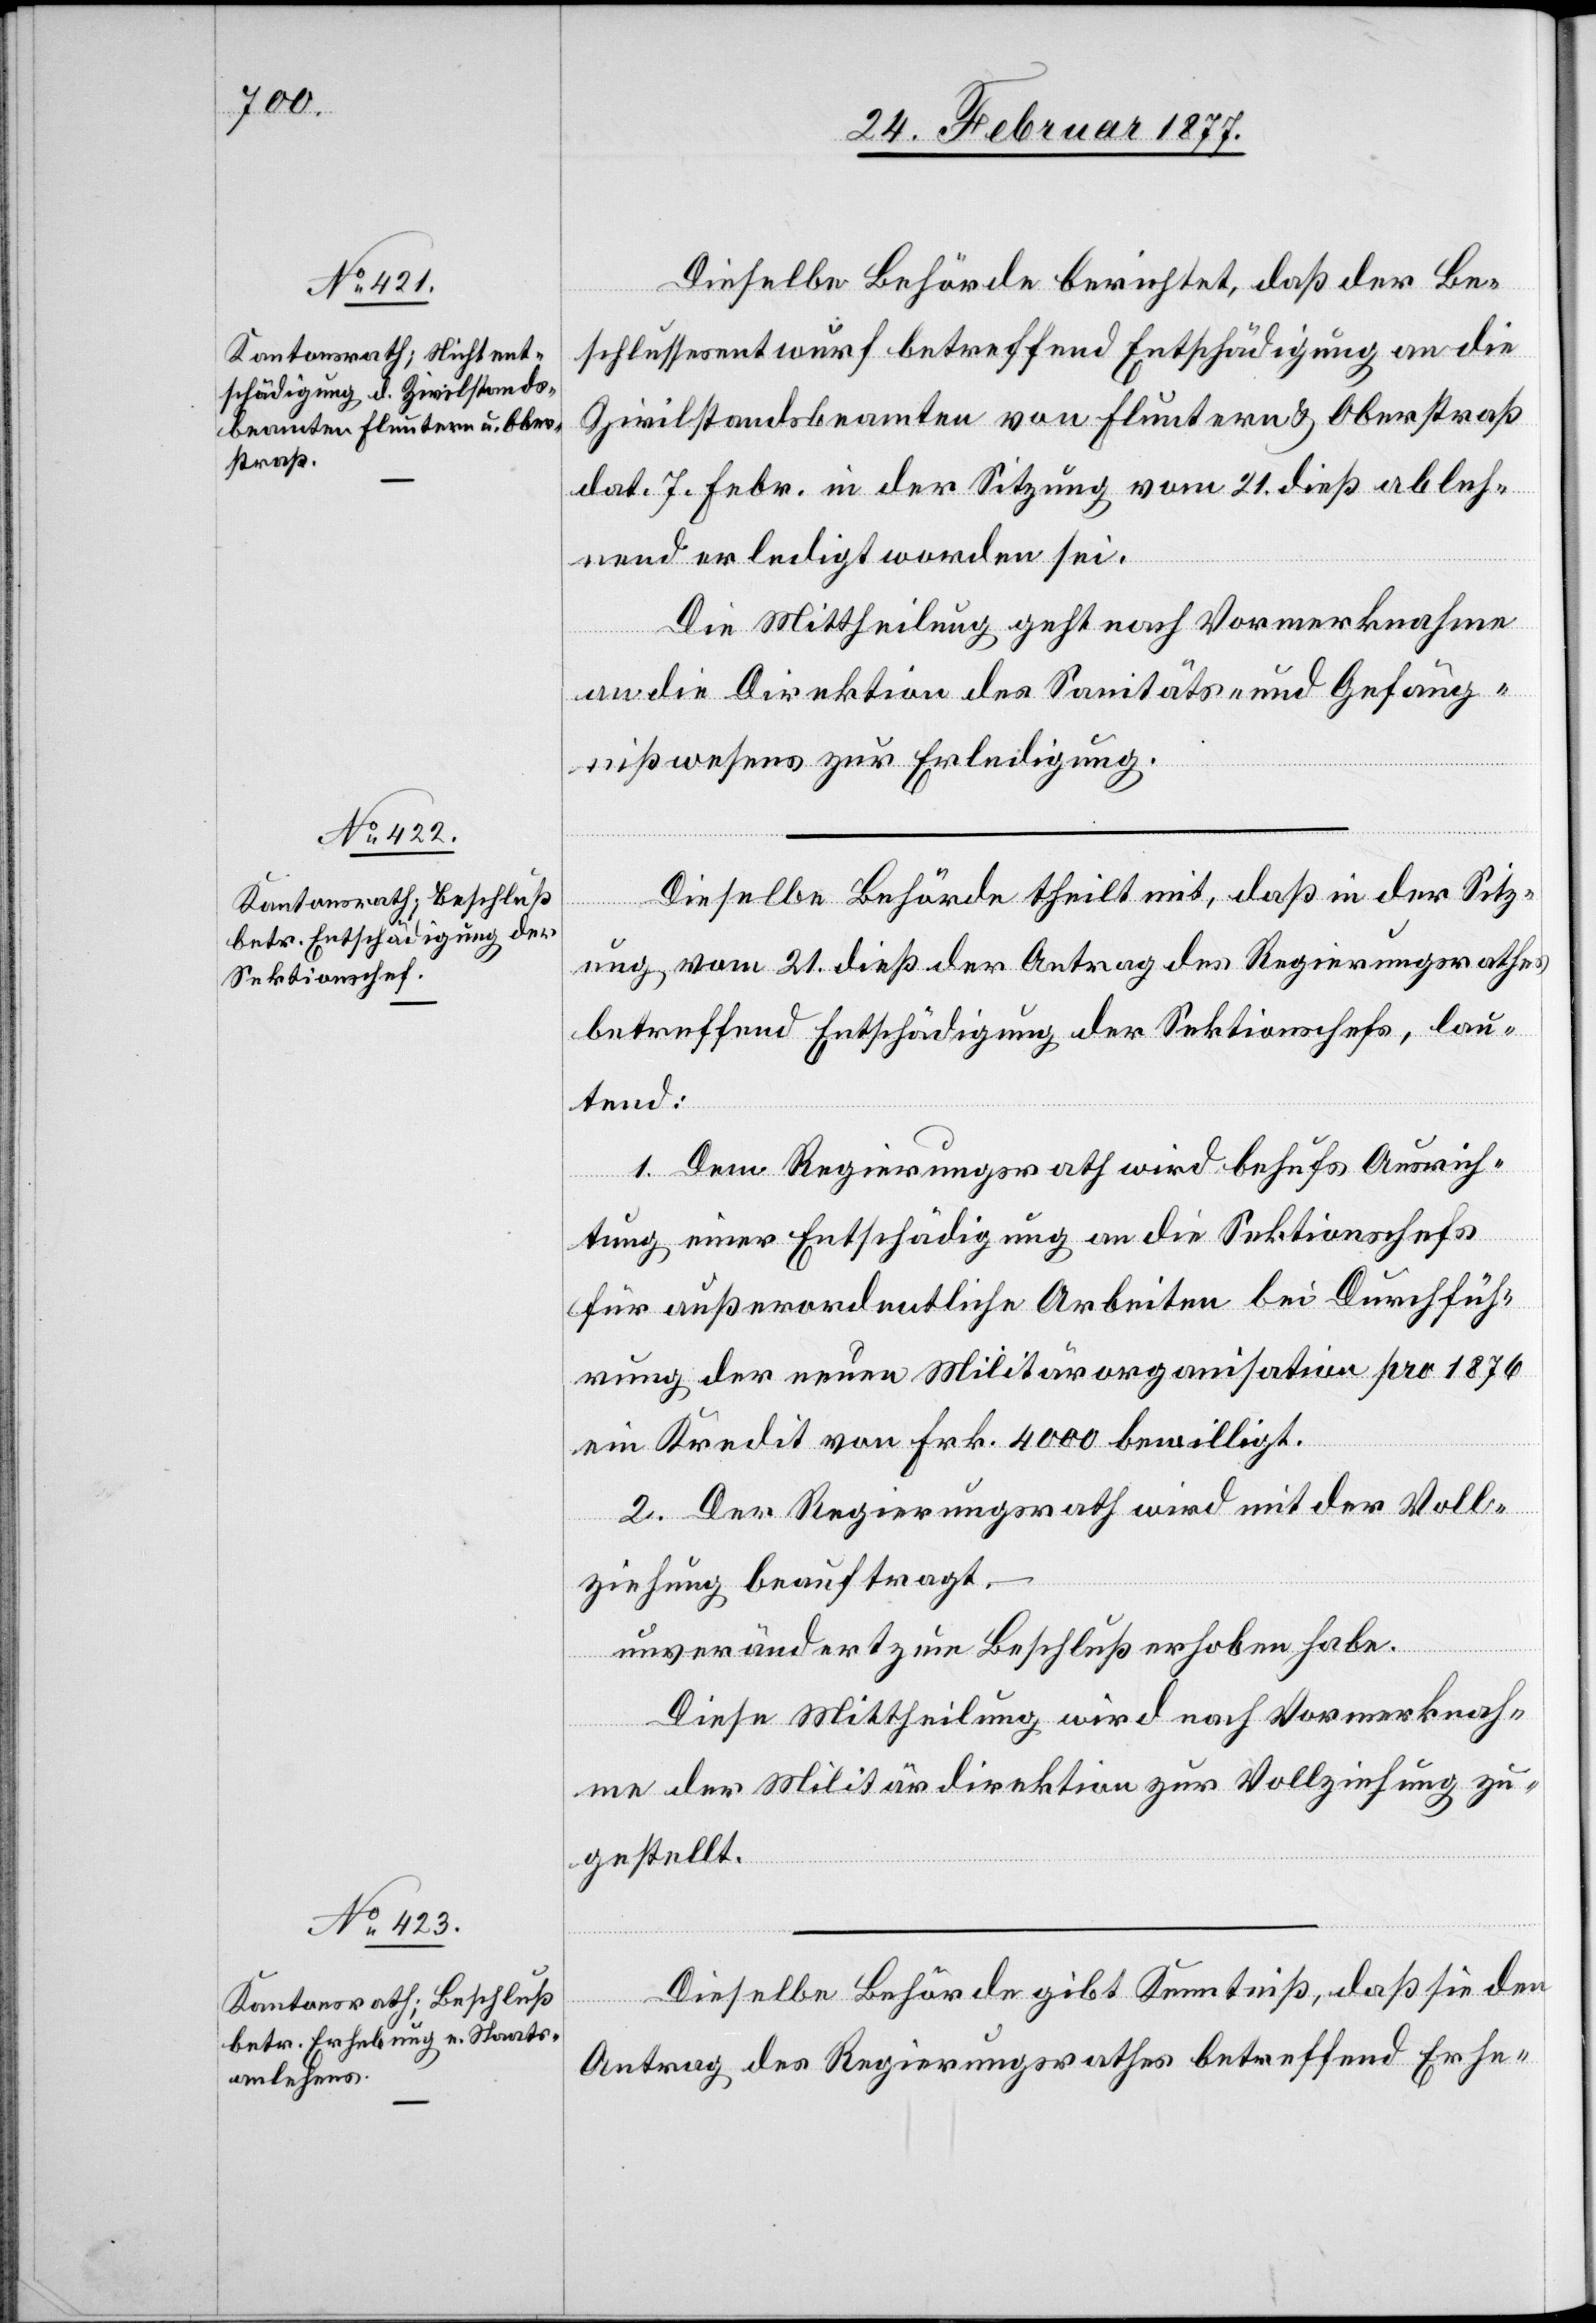
Dieselbe Behörde berichtet, daß der Be¬
schlussesentwurf betreffend Entschädigung an die
Zivilstandsbeamten von Fluntern & Oberstraß
dat. 7. Febr. in der Sitzung vom 21. dieß ableh¬
nend erledigt worden sei.
Die Mittheilung geht nach Vormerknahme
an die Direktion des Sanitäts- und Gefäng¬
nißwesens zur Erledigung.
Dieselbe Behörde theilt mit, daß in der Sitz¬
ung vom 21. dieß der Antrag des Regierungsrathes
betreffend Entschädigung der Sektionschefs, lau¬
tend:
1. Dem Regierungsrath wird behufs Ausrich¬
tung einer Entschädigung an die Sektionschefs
für außerordentliche Arbeiten bei Durchfüh¬
rung der neuen Militärorganisation pro 1876
ein Kredit von Frk. 4000 bewilligt.
2. Der Regierungsrath wird mit der Voll¬
ziehung beauftragt.
–
unverändert zum Beschluß erhoben habe
Diese Mittheilung wird nach Vormerknah¬
me der Militärdirektion zur Vollziehung zu¬
gestellt.
Dieselbe Behörde gibt Kenntniß, daß sie den
Antrag des Regierungsrathes betreffend Erhe-